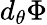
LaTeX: d_{\theta}\Phi